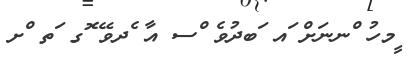
ީމހު ްނނަށް ައ ަބދުވެ ްސ އާ ެދވޭ ޮގ ަތ ްށ